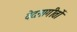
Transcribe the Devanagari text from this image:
वेदनागीतों